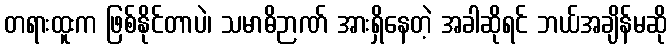
တရားထူးက ဖြစ်နိုင်တာပဲ၊ သမာဓိဉာဏ် အားရှိနေတဲ့ အခါဆိုရင် ဘယ်အချိန်မဆို